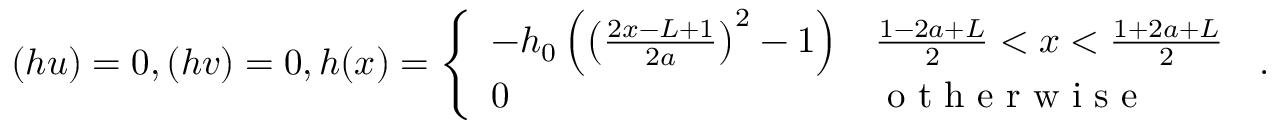
( h u ) = 0 , ( h v ) = 0 , h ( x ) = \left\{ \begin{array} { l l } { - h _ { 0 } \left( \left( \frac { 2 x - L + 1 } { 2 a } \right) ^ { 2 } - 1 \right) } & { \frac { 1 - 2 a + L } { 2 } < x < \frac { 1 + 2 a + L } { 2 } } \\ { 0 } & { \mathrm { ~ o ~ t ~ h ~ e ~ r ~ w ~ i ~ s ~ e ~ } } \end{array} \right. \, .